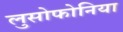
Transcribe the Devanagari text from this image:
लुसोफोनिया